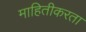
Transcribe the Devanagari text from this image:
माहितीकरता